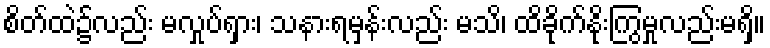
စိတ်ထဲ၌လည်း မလှုပ်ရှား၊ သနားရမှန်းလည်း မသိ၊ ထိခိုက်နိုးကြွမှုလည်းမရှိ။